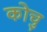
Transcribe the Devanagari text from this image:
कोचु